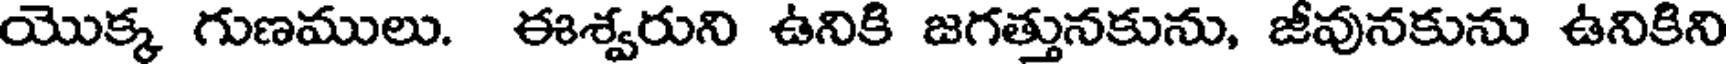
యొక్క గుణములు. ఈశ్వరుని ఉనికి జగత్తునకును, జీవునకును ఉనికిని